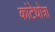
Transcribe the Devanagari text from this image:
कांटेधोत्रा